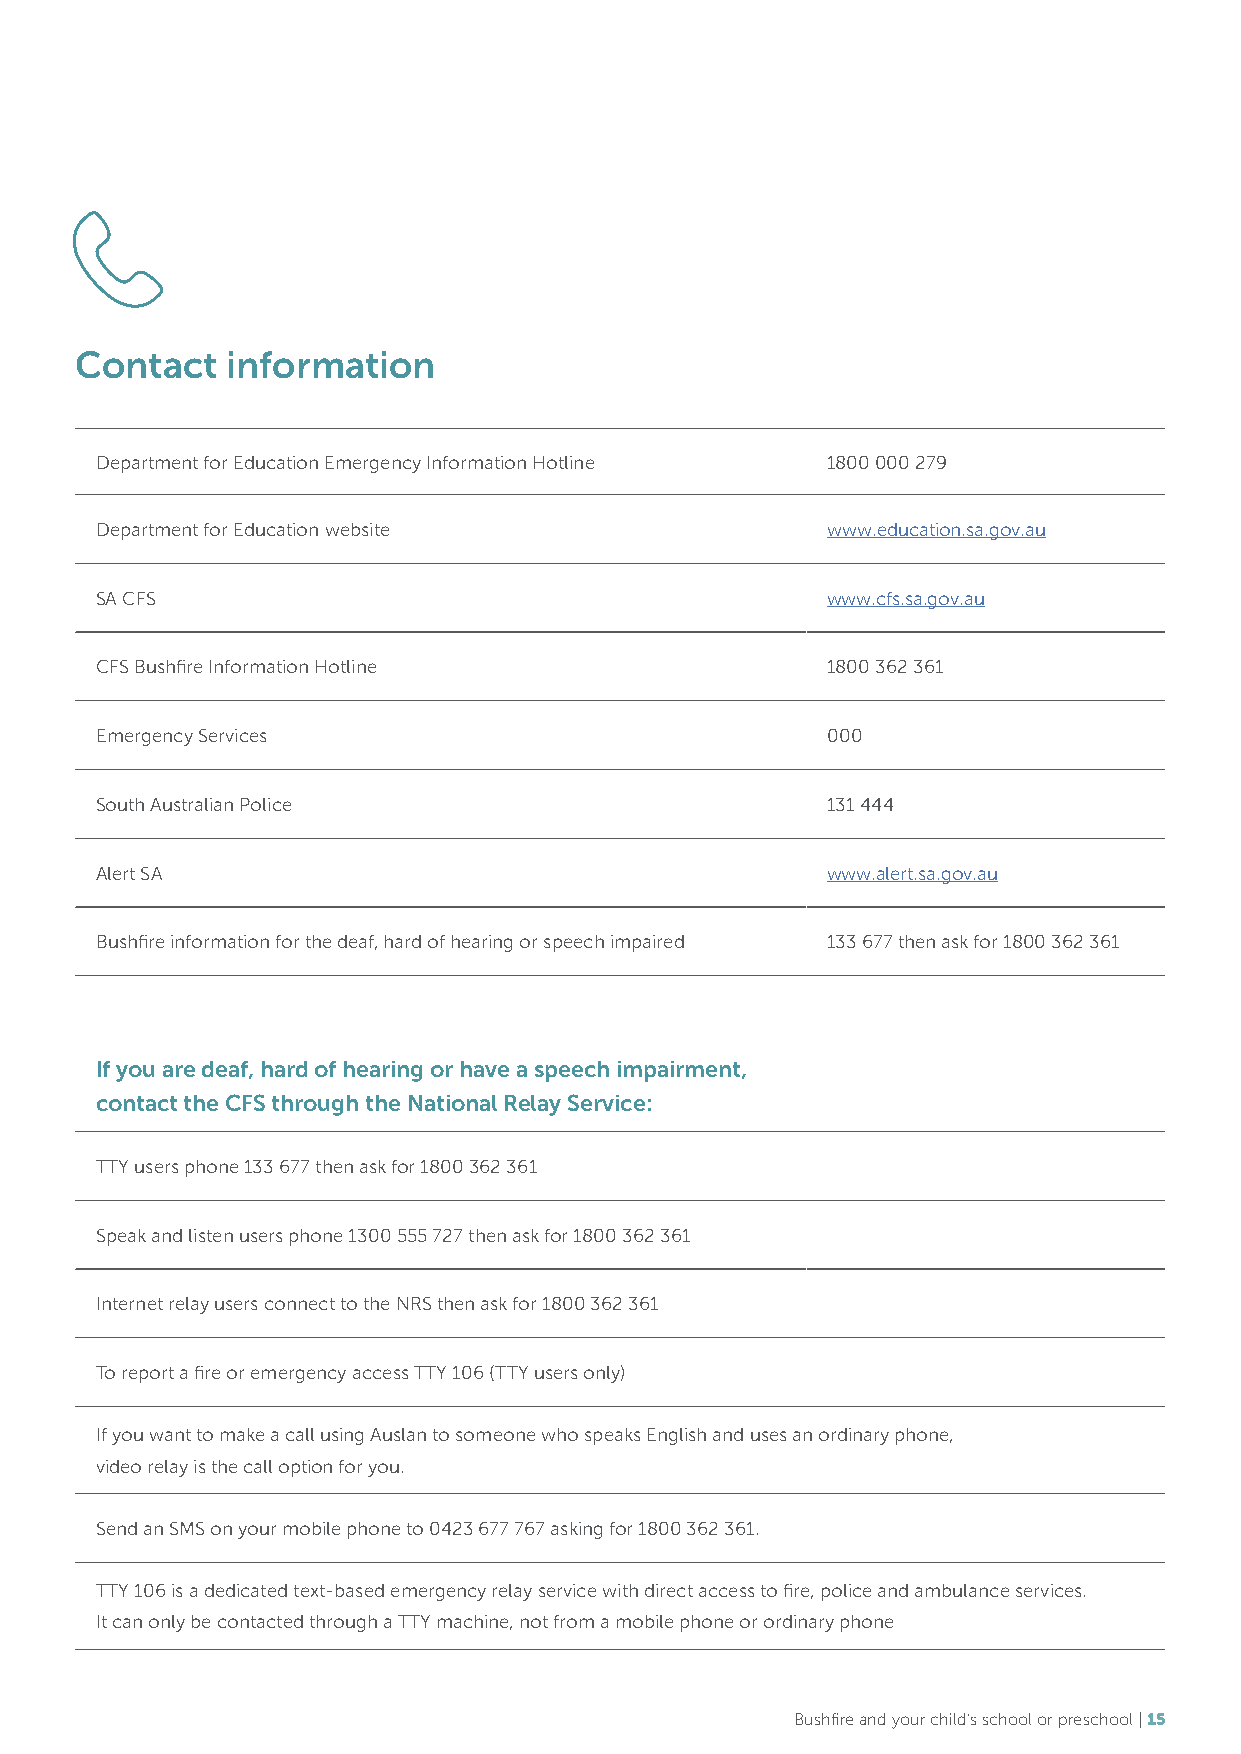
Contact   information
 Department for Education Emergency Information Hotline 1800 000 279
 Department for Education website                 www.education.sa.gov.au
 SA CFS                                           www.cfs.sa.gov.au
 CFS Bushfire Information Hotline                 1800 362 361
 Emergency Services                               000
 South Australian Police                          131 444
 Alert SA                                         www.alert.sa.gov.au
 Bushfire information for the deaf, hard of hearing or speech impaired 133 677 then ask for 1800 362 361
 If you are deaf, hard of hearing or have a speech impairment,
 contact the CFS through the National Relay Service:
 TTY users phone 133 677 then ask for 1800 362 361
 Speak and listen users phone 1300 555 727 then ask for 1800 362 361
 Internet relay users connect to the NRS then ask for 1800 362 361
 To report a fire or emergency access TTY 106 (TTY users only)
 If you want to make a call using Auslan to someone who speaks English and uses an ordinary phone,
 video relay is the call option for you.
 Send an SMS on your mobile phone to 0423 677 767 asking for 1800 362 361.
 TTY 106 is a dedicated text-based emergency relay service with direct access to fire, police and ambulance services.
 It can only be contacted through a TTY machine, not from a mobile phone or ordinary phone
 Bushfire and your child’s school or preschool | 15